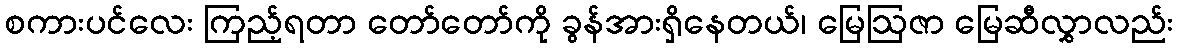
စကားပင်လေး ကြည့်ရတာ တော်တော်ကို ခွန်အားရှိနေတယ်၊ မြေဩဇာ မြေဆီလွှာလည်း